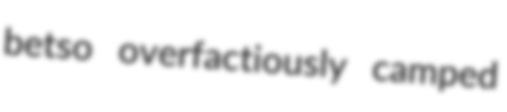
betso overfactiously camped